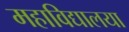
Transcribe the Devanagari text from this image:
महाविद्यालया